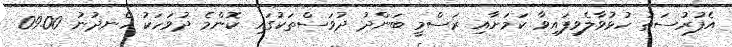
އެފުރުސަތު ހުޅުވާލެވިފައިވާ ކަމަށާއި ރަސްމީ ބަންދު ދުވަސްތަކުގައި ކޮންމެ ދުވަހަކު ހެނދުނު 09.00